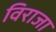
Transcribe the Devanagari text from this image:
विराजा